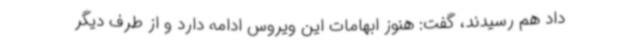
داد هم رسیدند، گفت: هنوز ابهامات این ویروس ادامه دارد و از طرف دیگر